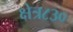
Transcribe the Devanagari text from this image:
क्षेत्र८३०